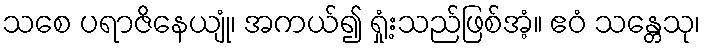
သစေ ပရာဇိနေယျုံ၊ အကယ်၍ ရှုံ့းသည်ဖြစ်အံ့။ ဧဝံ သန္တေသု၊